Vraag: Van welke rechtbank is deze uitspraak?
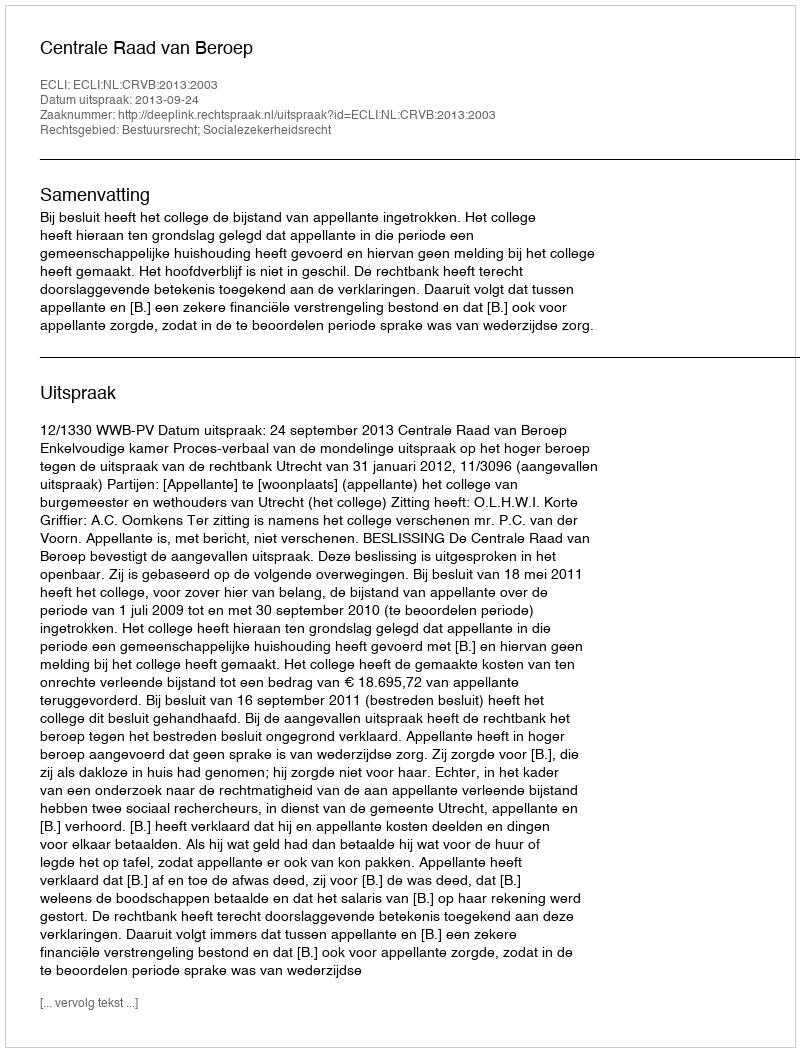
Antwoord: Centrale Raad van Beroep